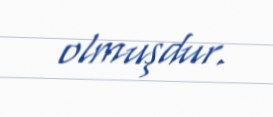
olmuşdur.